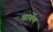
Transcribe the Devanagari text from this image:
चार्येण